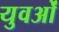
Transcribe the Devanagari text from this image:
युवओं